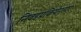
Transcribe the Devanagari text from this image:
निवडप्रक्रियेनुसार